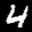
Label: 4